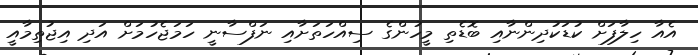
އެއާ ހިލާފަށް ކުޑަކުދިންނާއި ބޮޑެތި މީހުންގެ ސިއްހަތަށާއި ނަފްސާނީ ހަމަޖެހުމަށް އަދި އިޖުތިމާއީ